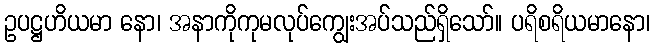
ဥပဋ္ဌဟိယမာ နော၊ အနာကိုကုမလုပ်ကျွေးအပ်သည်ရှိသော်။ ပရိစရိယမာနော၊